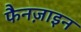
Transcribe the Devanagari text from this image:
फैनज़ाइन